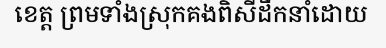
ខេត្ត ព្រមទាំងស្រុកគងពិសីដឹកនាំដោយ